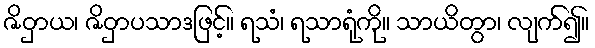
ဇိဝှာယ၊ ဇိဝှာပသာဒဖြင့်။ ရသံ၊ ရသာရုံကို။ သာယိတွာ၊ လျက်၍။